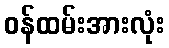
ဝန်ထမ်းအားလုံး